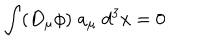
\int ( D _ { \mu } \phi ) \; a _ { \mu } \; d ^ { 3 } x = 0